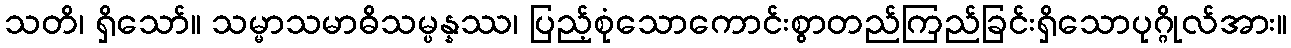
သတိ၊ ရှိသော်။ သမ္မာသမာဓိသမ္ပန္နဿ၊ ပြည့်စုံသောကောင်းစွာတည်ကြည်ခြင်းရှိသောပုဂ္ဂိုလ်အား။